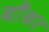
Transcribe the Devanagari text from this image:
बाँबर